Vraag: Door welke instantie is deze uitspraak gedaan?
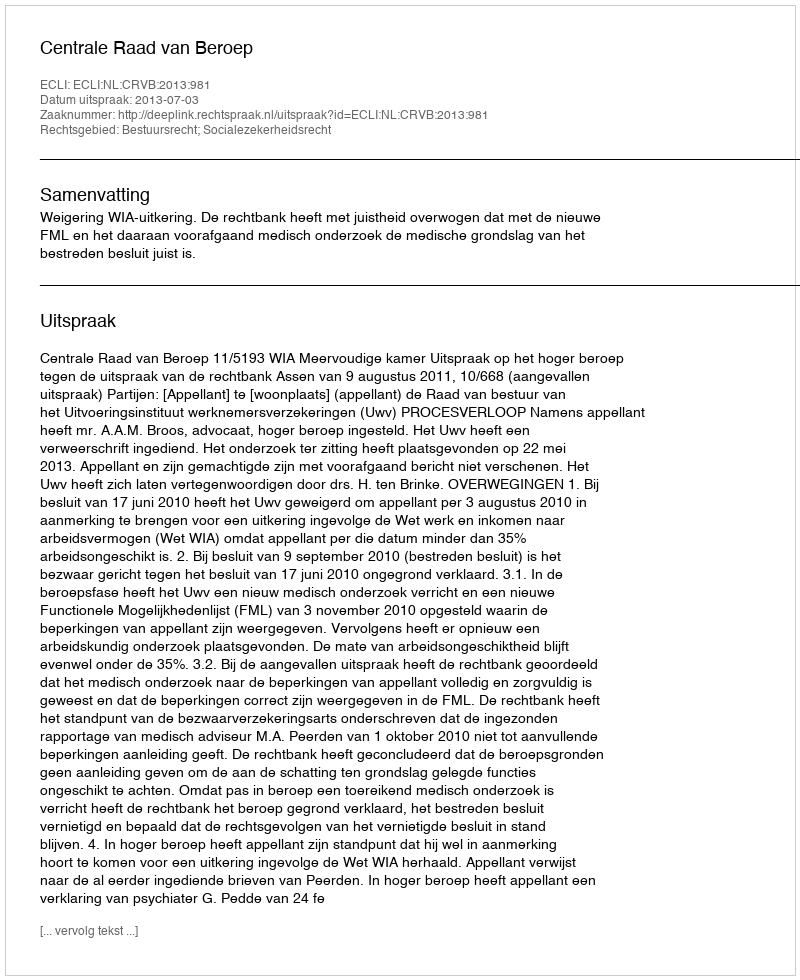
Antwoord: Centrale Raad van Beroep